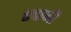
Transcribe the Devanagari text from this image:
एफजी